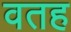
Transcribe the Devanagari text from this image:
वतह